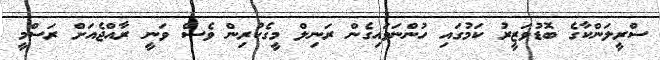
ސްރީލަންކާގެ ބޮޑުވަޒީރު ކަމުގައި ހުންނަވައިގެން ރަނިލް މީގެކުރިން ވެސް ވަނީ ރާއްޖެއަށް ރަސްމީ